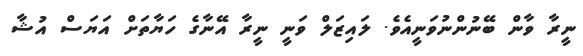
ނީރާ ވާން ބޭނުންނުވަނީއެވެ. ލައިޒަލް ވަނީ ނީރާ އޭނާގެ ހަޔާތަށް އަޔަސް އުޝާ